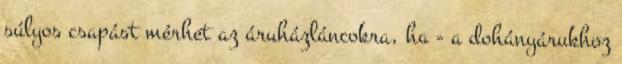
súlyos csapást mérhet az áruházláncokra, ha - a dohányárukhoz